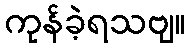
ကုန်ခဲ့ရသဗျ။